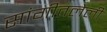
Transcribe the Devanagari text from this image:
सांगीतलेली